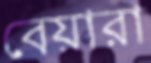
বেয়ারা